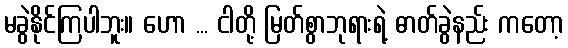
မခွဲနိုင်ကြပါဘူး။ ဟော ... ငါတို့ မြတ်စွာဘုရားရဲ့ ဓာတ်ခွဲနည်း ကတော့